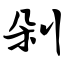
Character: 剁